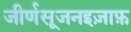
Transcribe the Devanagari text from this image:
जीर्णसूजनइज़ाफ़